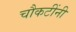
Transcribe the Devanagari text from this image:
चौकटींनी